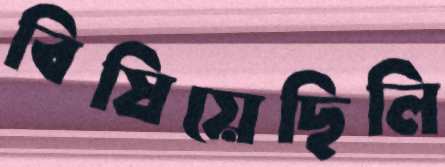
বিষিয়েছিলি